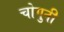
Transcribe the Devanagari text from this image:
चोगुनी